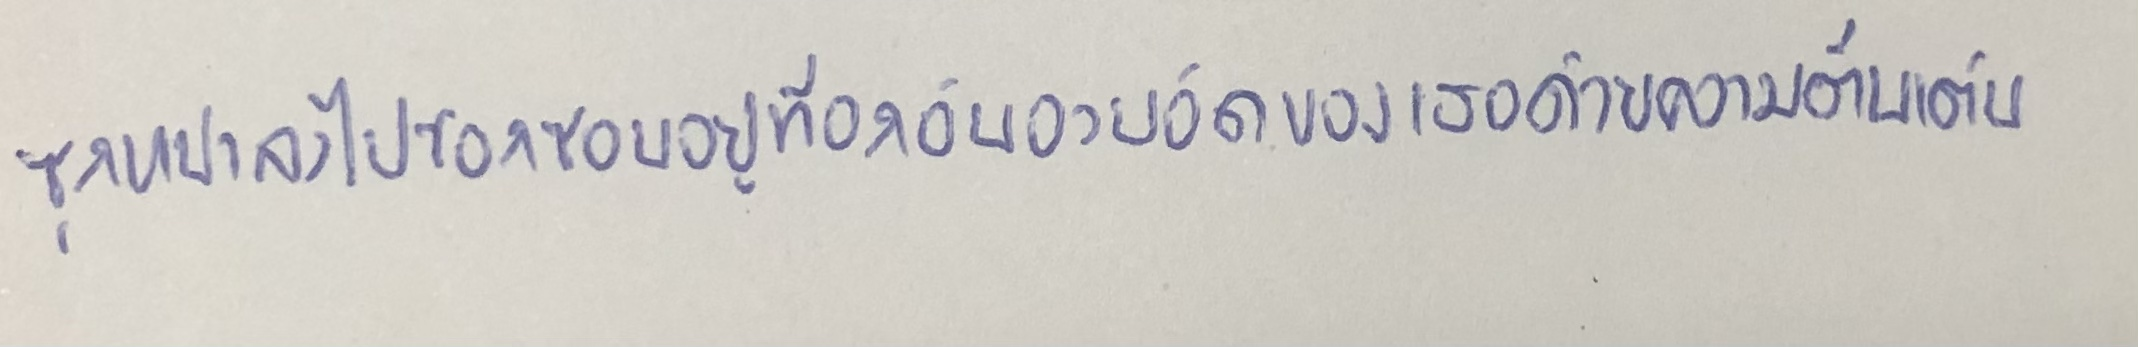
ซุกหน้าลงไปซอกซอนอยู่ที่อกอันอวบอัดของเธอด้วยความตื่นเต้น